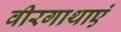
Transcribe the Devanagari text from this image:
वीरगाथाएं